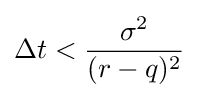
\Delta t<{\frac {\sigma ^{2}}{(r-q)^{2}}}